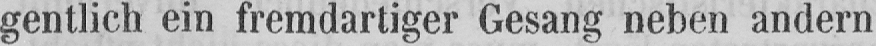
gentlich ein fremdartiger Gesang neben andern